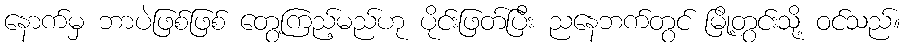
နောက်မှ ဘာပဲဖြစ်ဖြစ် တွေ့ကြည့်မည်ဟု ပိုင်းဖြတ်ပြီး ညနေဘက်တွင် မြို့တွင်းသို့ ဝင်သည်။